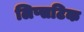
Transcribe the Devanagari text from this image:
लिप्सटिक